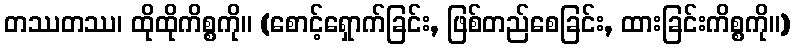
တဿတဿ၊ ထိုထိုကိစ္စကို။ (စောင့်ရှောက်ခြင်း, ဖြစ်တည်စေခြင်း, ထားခြင်းကိစ္စကို။)